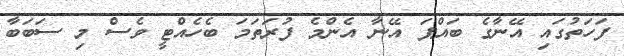
ފަހަތުގައި އޭނާގެ ބައްޕަ އޭނާ އެންމެ ފުރަތަމަ ބެހެއްޓީ ވެސް މި ސަބަބާ